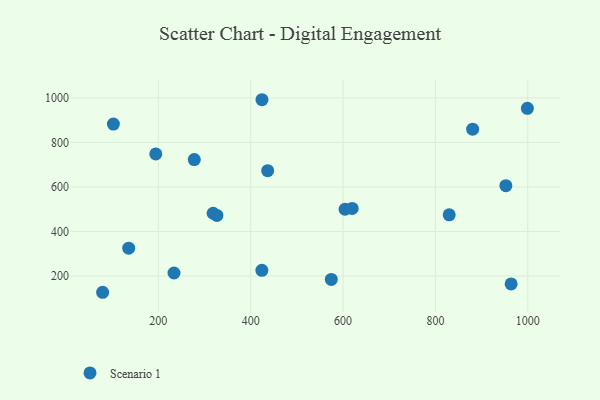
{"axis": {"x": "Experience", "y": "Sales"}, "legend": ["Scenario 1"], "data": [{"x": "999.2", "y": 953.0, "type": "Scenario 1"}, {"x": "424.2", "y": 225.6, "type": "Scenario 1"}, {"x": "436.7", "y": 673.0, "type": "Scenario 1"}, {"x": "424.4", "y": 991.8, "type": "Scenario 1"}, {"x": "619.7", "y": 503.8, "type": "Scenario 1"}, {"x": "964.0", "y": 164.4, "type": "Scenario 1"}, {"x": "135.8", "y": 325.0, "type": "Scenario 1"}, {"x": "829.9", "y": 474.9, "type": "Scenario 1"}, {"x": "102.6", "y": 882.5, "type": "Scenario 1"}, {"x": "604.3", "y": 499.8, "type": "Scenario 1"}, {"x": "277.8", "y": 722.9, "type": "Scenario 1"}, {"x": "952.6", "y": 605.6, "type": "Scenario 1"}, {"x": "233.9", "y": 213.5, "type": "Scenario 1"}, {"x": "79.3", "y": 127.0, "type": "Scenario 1"}, {"x": "194.4", "y": 748.4, "type": "Scenario 1"}, {"x": "326.8", "y": 472.3, "type": "Scenario 1"}, {"x": "318.6", "y": 481.9, "type": "Scenario 1"}, {"x": "574.6", "y": 184.6, "type": "Scenario 1"}, {"x": "880.7", "y": 859.4, "type": "Scenario 1"}]}